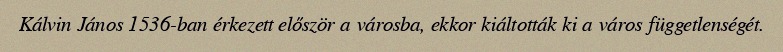
Kálvin János 1536-ban érkezett először a városba, ekkor kiáltották ki a város függetlenségét.